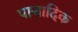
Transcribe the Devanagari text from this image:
पासादिक